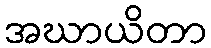
အဃာယိတာ